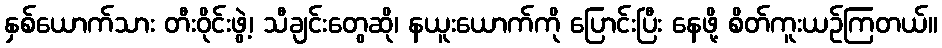
နှစ်ယောက်သား တီးဝိုင်းဖွဲ့၊ သီချင်းတွေဆို၊ နယူးယောက်ကို ပြောင်းပြီး နေဖို့ စိတ်ကူးယဉ်ကြတယ်။